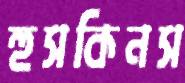
হুসকিনস